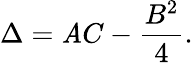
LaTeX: \Delta=\mathit{A}C-{\frac{{B^{2}}}{{4}}}.